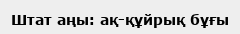
Штат аңы: ақ-құйрық бұғы